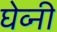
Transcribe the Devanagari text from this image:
घेव्नी